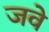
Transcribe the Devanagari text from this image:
जवे